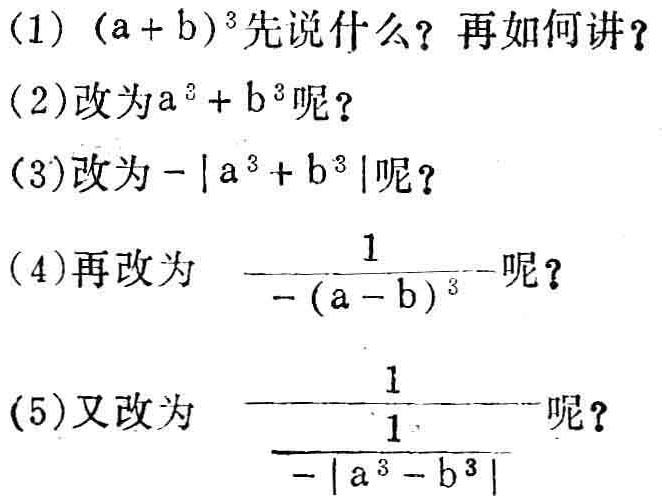
(1) \((a + b)^{3}\)先说什么？再如何讲？

(2)改为\(a^{3}+b^{3}\)呢？

(3)改为\(-|a^{3}+b^{3}|\)呢？

(4)再改为\(\frac{1}{-(a - b)^{3}}\)呢？

(5)又改为\(\frac{1}{\frac{1}{-|a^{3}-b^{3}|}}\)呢？